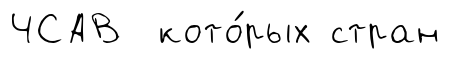
ЧСАВ кото́рых стран